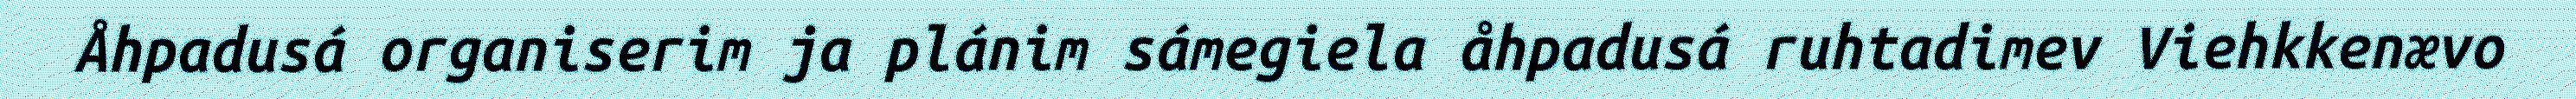
Åhpadusá organiserim ja plánim sámegiela åhpadusá ruhtadimev Viehkkenævo